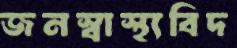
জনস্বাস্থ্যবিদ